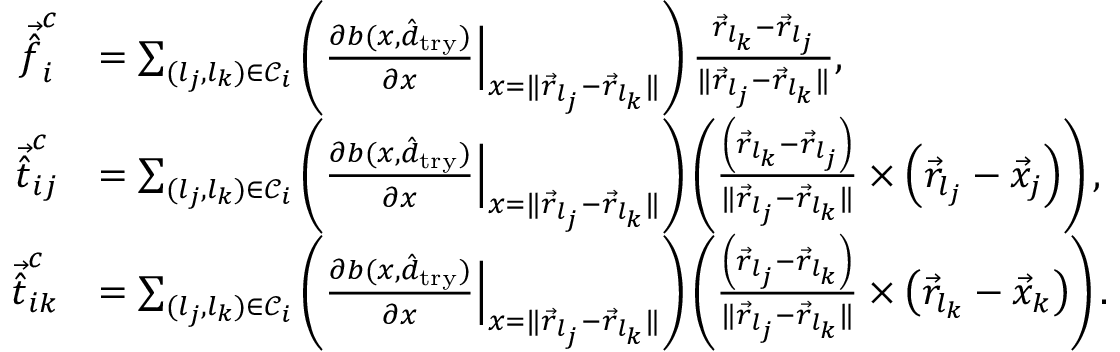
\begin{array} { r l } { \vec { \hat { f } } _ { i } ^ { c } } & { = \sum _ { ( l _ { j } , l _ { k } ) \in \mathcal C _ { i } } \left( \frac { \partial b ( x , \hat { d } _ { \mathrm { t r y } } ) } { \partial x } \Big | _ { x = \| \vec { r } _ { l _ { j } } - \vec { r } _ { l _ { k } } \| } \right) \frac { \vec { r } _ { l _ { k } } - \vec { r } _ { l _ { j } } } { \| \vec { r } _ { l _ { j } } - \vec { r } _ { l _ { k } } \| } , } \\ { \vec { \hat { t } } _ { i j } ^ { c } } & { = \sum _ { ( l _ { j } , l _ { k } ) \in \mathcal C _ { i } } \left( \frac { \partial b ( x , \hat { d } _ { \mathrm { t r y } } ) } { \partial x } \Big | _ { x = \| \vec { r } _ { l _ { j } } - \vec { r } _ { l _ { k } } \| } \right) \left( \frac { \left( \vec { r } _ { l _ { k } } - \vec { r } _ { l _ { j } } \right) } { \| \vec { r } _ { l _ { j } } - \vec { r } _ { l _ { k } } \| } \times \left( \vec { r } _ { l _ { j } } - \vec { x } _ { j } \right) \right) , } \\ { \vec { \hat { t } } _ { i k } ^ { c } } & { = \sum _ { ( l _ { j } , l _ { k } ) \in \mathcal C _ { i } } \left( \frac { \partial b ( x , \hat { d } _ { \mathrm { t r y } } ) } { \partial x } \Big | _ { x = \| \vec { r } _ { l _ { j } } - \vec { r } _ { l _ { k } } \| } \right) \left( \frac { \left( \vec { r } _ { l _ { j } } - \vec { r } _ { l _ { k } } \right) } { \| \vec { r } _ { l _ { j } } - \vec { r } _ { l _ { k } } \| } \times \left( \vec { r } _ { l _ { k } } - \vec { x } _ { k } \right) \right) . } \end{array}